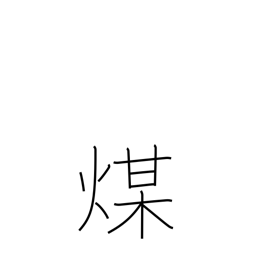
Meaning: soot